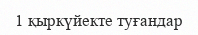
1 қыркүйекте туғандар